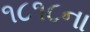
૧૮૧૮ના